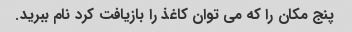
پنج مکان را که می توان کاغذ را بازیافت کرد نام ببرید.